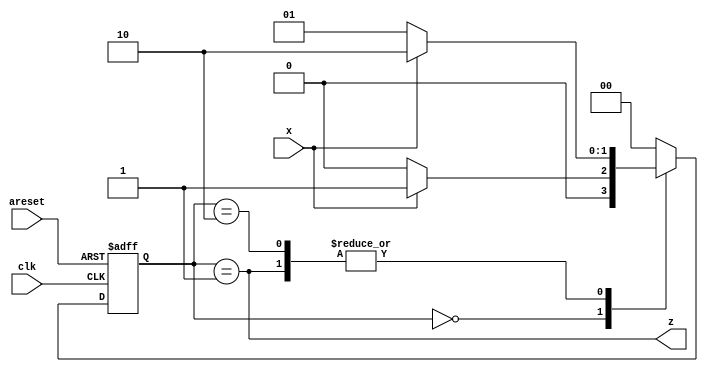
module top_module (
    input clk,
    input areset,
    input x,
    output z
); 
    parameter A=0,B=1,C=2;
    reg [1:0] state, next;
    
    always@(*) begin
        case(state)//observe the diagram from next question, convert a Moore diagram from Mealy machine
            A: next= x? B:A;
            B: next= x? C:B;
            C: next= x? C:B;
            default: next=A;
        endcase
    end
    
    always@(posedge clk, posedge areset) begin
        if(areset) state <= A;
        else state <= next;
    end

    assign z = (state==B);
endmodule